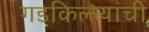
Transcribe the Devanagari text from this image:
गडकिल्ल्यांची